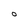
Character: O